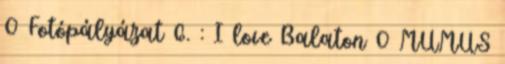
0 Fotópályázat 6. : I love Balaton 0 MUMUS